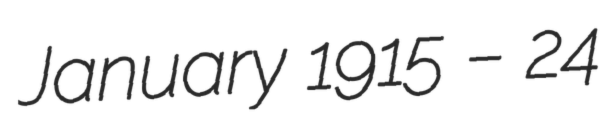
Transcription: January 1915 – 24